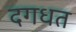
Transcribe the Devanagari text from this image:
दगधत